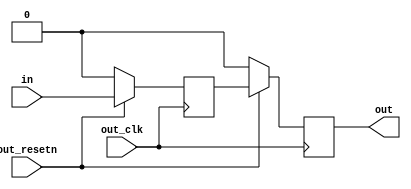
module sync_bits
(
	input [NUM_BITS-1:0] in,
	input out_resetn,
	input out_clk,
	output [NUM_BITS-1:0] out
);
parameter NUM_BITS = 1;
parameter CLK_ASYNC = 1;
reg [NUM_BITS-1:0] out_m1 = 'h0;
reg [NUM_BITS-1:0] out_m2 = 'h0;
always @(posedge out_clk)
begin
	if (out_resetn == 1'b0) begin
		out_m1 <= 'b0;
		out_m2 <= 'b0;
	end else begin
		out_m1 <= in;
	    out_m2 <= out_m1;	
	end
end
assign out = CLK_ASYNC ? out_m2 : in;
endmodule